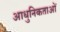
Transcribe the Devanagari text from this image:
आधुनिकताओं